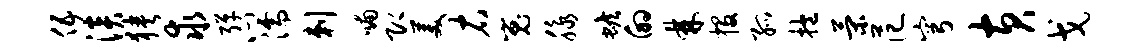
伍淡狭求弹心濡剌喃即美右嵬脉蟾的棘投孤抱策范穹黄戈